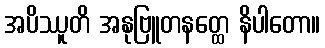
အပိဿူတိ အနုဗြူတနတ္ထေ နိပါတော။